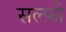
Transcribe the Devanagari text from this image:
सल्फ़ी